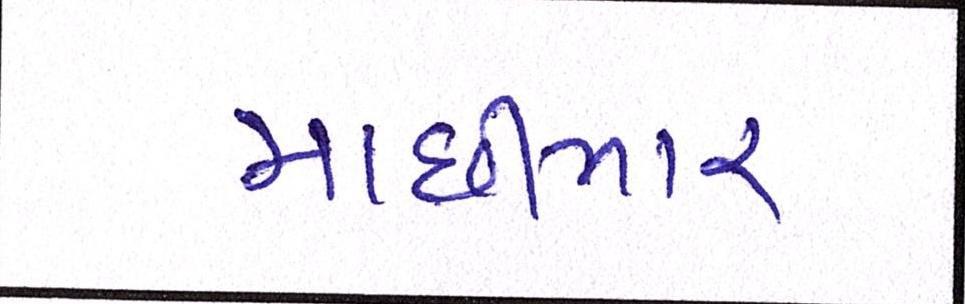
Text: માછીમાર